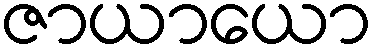
ဇာယာယော